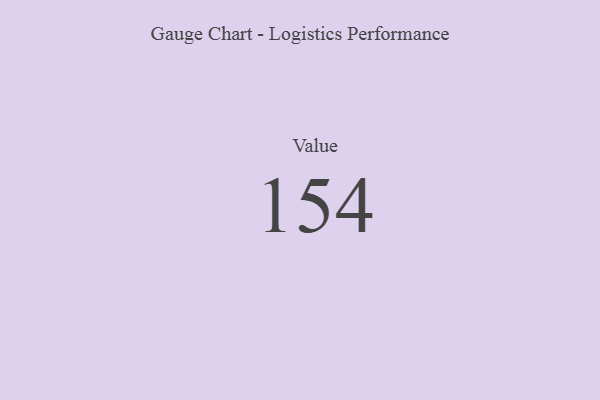
{"axis": {"x": "Metric", "y": "Value"}, "legend": [""], "data": [{"x": "Value", "y": 154, "type": ""}]}